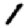
Digit: 1